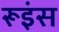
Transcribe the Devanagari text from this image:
रूइंस